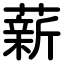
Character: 薪